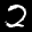
Label: 2